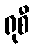
ရုစီ